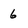
Character: 6